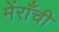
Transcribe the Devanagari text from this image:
मेंराँची